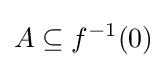
A\subseteq f^{-1}(0)